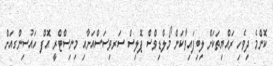
ކޮންމެ ދިވެހި ރައްޔިތަކަށް ލިބިފައިވާކަން މޯލްޑިވްސް ޕޮލިސް ސަރވިސަސްއަށާއި މިނިސްޓްރީ އޮފް ހައުސިންގއަށް